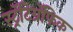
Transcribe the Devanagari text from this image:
स्ट्रॅटिग्रॅफिक